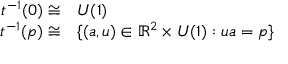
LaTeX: \begin{array} { r l } { t ^ { - 1 } ( 0 ) \cong } & { { } U ( 1 ) } \\ { t ^ { - 1 } ( p ) \cong } & { { } \{ ( a , u ) \in \mathbb { R } ^ { 2 } \times U ( 1 ) : u a = p \} } \end{array}